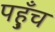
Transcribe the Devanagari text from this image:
पह़ुँच